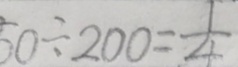
5 0 \div 2 0 0 = \frac { 1 } { 4 }